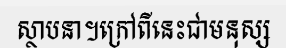
ស្ថាបនា។ក្រៅពីនេះជាមនុស្ស